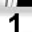
Digit: 1